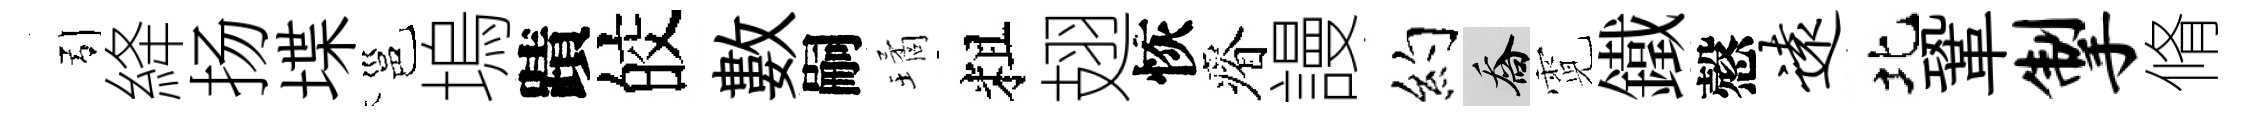
引絳扬堞邕塢蹟皎數嗣璚粗翅恢瘠謾约喬霓鐵慤远北鞏掣脩